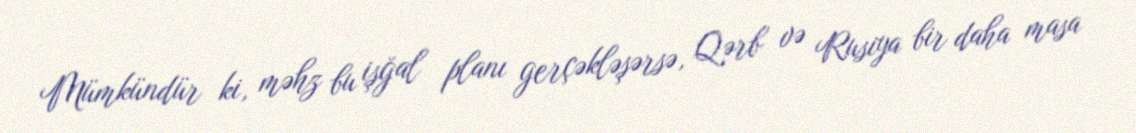
Mümkündür ki, məhz bu işğal planı gerçəkləşərsə, Qərb və Rusiya bir daha masa